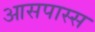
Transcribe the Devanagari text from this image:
आसपास्स